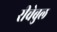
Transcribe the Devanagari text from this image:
रीचेबुल